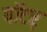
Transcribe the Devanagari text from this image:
पॉटर्